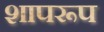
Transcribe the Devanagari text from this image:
शापरूप